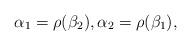
LaTeX: \begin{align*}\alpha_1=\rho(\beta_2),\alpha_2=\rho(\beta_1),\end{align*}